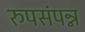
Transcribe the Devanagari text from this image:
रुपसंपन्न